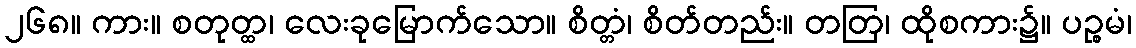
၂၆၈။ ကား။ စတုတ္ထ၊ လေးခုမြောက်သော။ စိတ္တံ၊ စိတ်တည်း။ တတြ၊ ထိုစကား၌။ ပဉ္စမံ၊